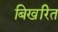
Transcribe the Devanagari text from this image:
बिखरित